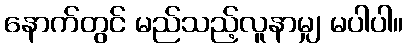
နောက်တွင် မည်သည့်လူနာမျှ မပါပါ။